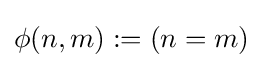
\phi (n,m):=(n=m)